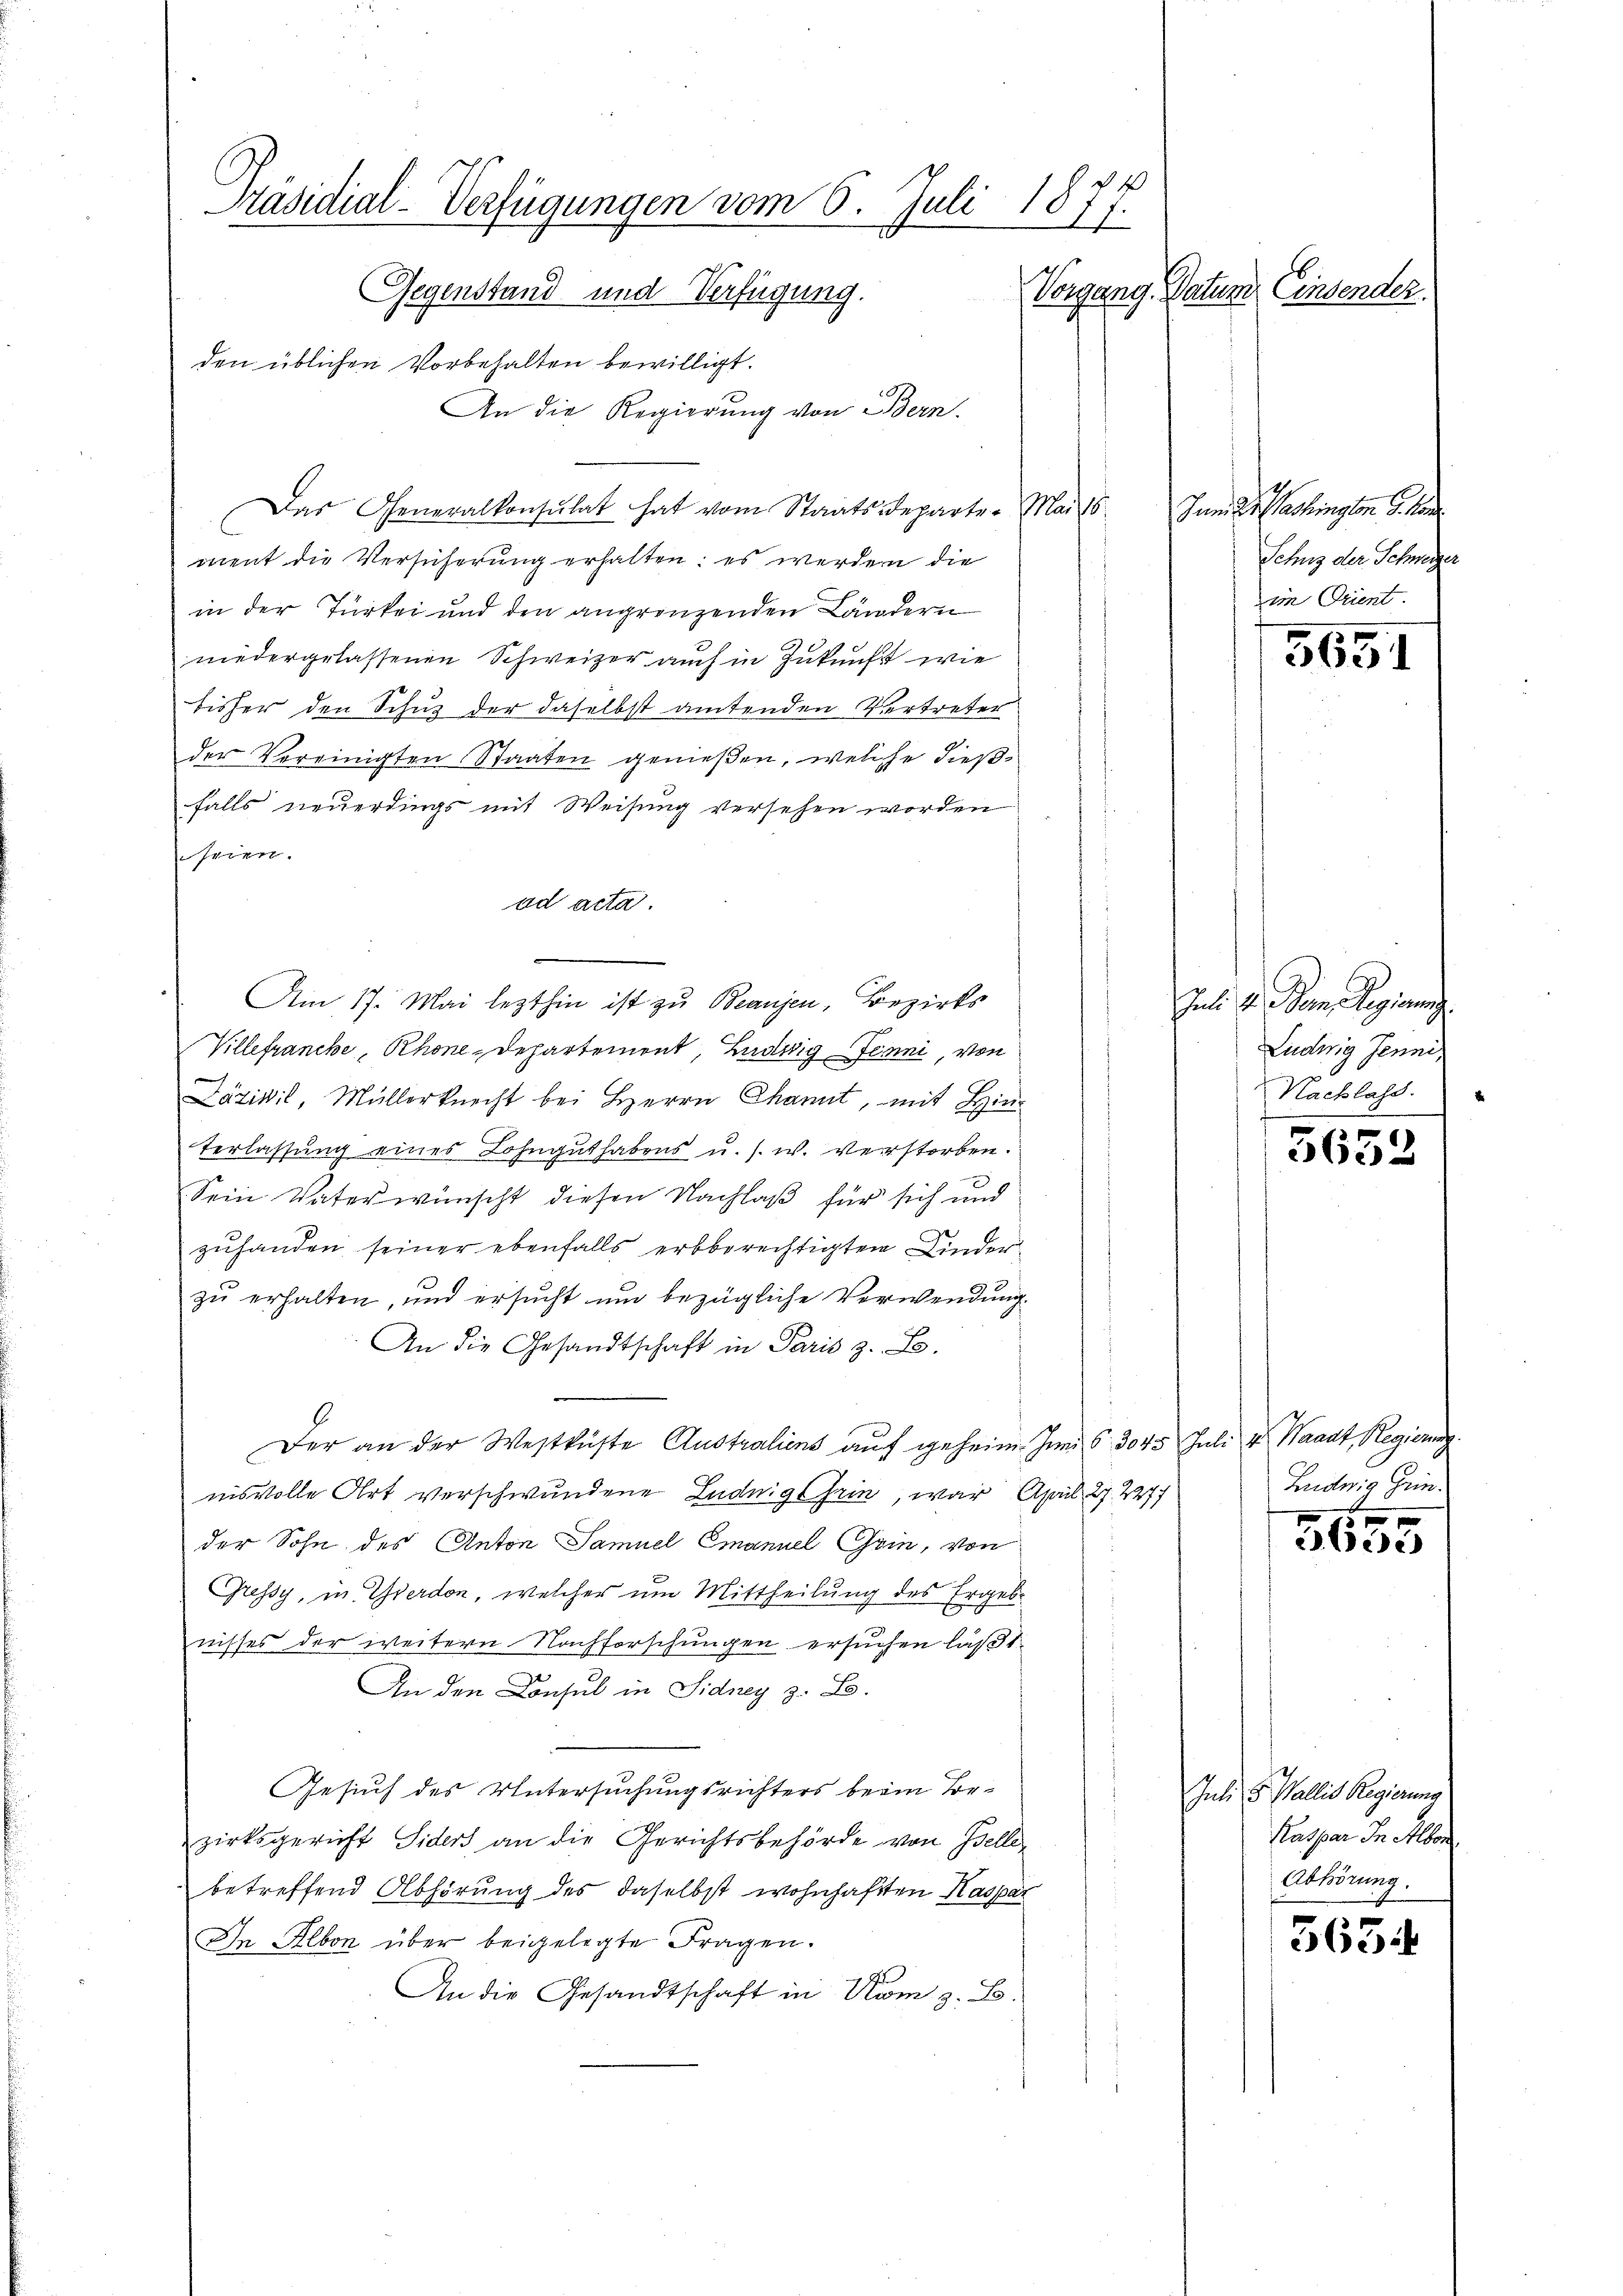
Präsidial-Verfügungen vom 6. Juli 1877.
Vorgang. Datum Einsender.
Gegenstand und Verfügung.

den üblichen Vorbehalten bewilligt.
An die Regierung von Bern.
Das Generalkonsulat hat vom Staatsdeparte. Mai 18
ment die Versicherung erhalten: es werden die
in der Türkei und den angrenzenden Ländern
niedergelassenen Schweizer auch in Zukunft wie
bisher den Schuz der daselbst amtenden Vertreter
der Vereinigten Staaten genießen, welche dießfalls neuerdings mit Weisung versehen worden
seien.
ad acta.
Am 17. Mai lezthin ist zu Beaugen, Bezirks
Villefrancke, Rhone-Departement, Ludwig Jenni, von
Däzivil, Müllerknecht bei Herrn kannt, mit Hinterlassung eines Lohnguthabens u. s. w. verstorben.
Sein Vater wünscht diesen Nachlaß für sich und
zuhanden seiner ebenfalls erbberechtigten Kinderzu erhalten, und ersucht und bezügliche Verwendung
An die Gesandtschaft in Paris z. B.
Der an der Westküste Australiens auf geheim Juni § 3045 Juli v. Waadt, Regierung
nisvolle Art verschwundene Luduigt sein, war April 27. 2277
der Sohn des Anton Samuel Emanuel Grin, von
Gressy, in Zierdon, welcher um Mittheilung des Ergebnisses der weitern Nachforschungen ersuchen läßt.
An den Consul in Sidney z. B.
Gesuch des Untersuchungsrichters beim Bezirksgericht Siders an die Gerichtsbehörde von Zellebetreffend Abhörung des daselbst wohnhaften Kaspar
In Albon über beigelegte Fragen.
An die Gesandtschaft in Nom z. B.

Juni d. Gesingen Se. Ma
Schus der Schweizer
im Orient.

5651

Juli d. Beim Regierung
Ludwig Jenni
Nachlass.

5652

Ludwig Grin.
d

1 xx
2e)

Juli v. Wallis Regierung
Kaspar In Alber
Abhörung.

563.